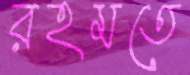
রহমতে